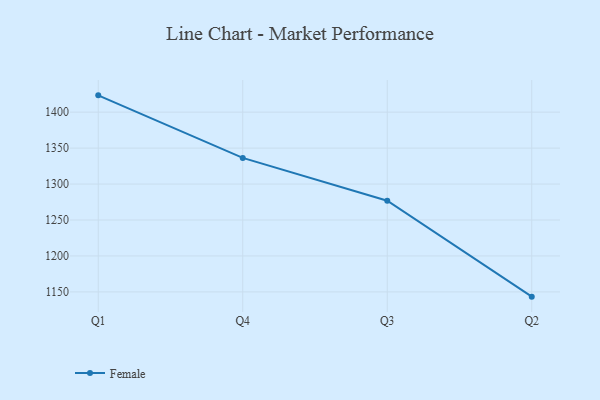
{"axis": {"x": "Quarter", "y": "Shipments"}, "legend": ["Female"], "data": [{"x": "Q1", "y": 1423.4, "type": "Female"}, {"x": "Q4", "y": 1336.4, "type": "Female"}, {"x": "Q3", "y": 1276.8, "type": "Female"}, {"x": "Q2", "y": 1143.4, "type": "Female"}]}